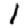
Digit: 1